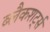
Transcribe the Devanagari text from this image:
ब्लैकशर्ट्स